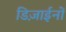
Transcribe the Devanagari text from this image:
डिज़ाईनों